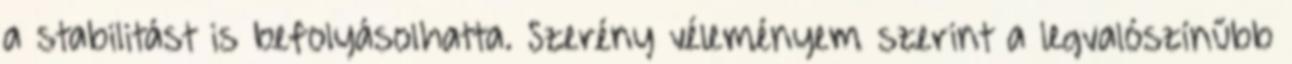
a stabilitást is befolyásolhatta. Szerény véleményem szerint a legvalószínűbb